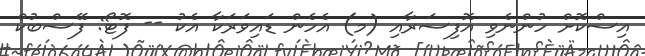
އިސްކޮށް ހުންނެވި އޮފިސަރާއި (މ) އެހެން ޑައިވަރަކާ އެކު -- ފޮޓޯ: ފޭސްބުކް